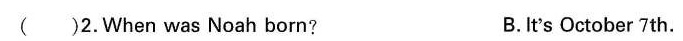
( )2.When was Noah born? B.It's October 7th.